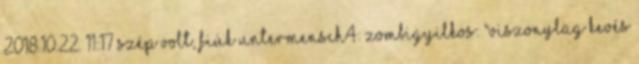
2018.10.22. 11:17 Szép volt, fiúk Untermensch4: zombigyilkos: "Viszonylag kevés